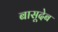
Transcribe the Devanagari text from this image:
बासूदेब